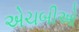
એચબીઓ